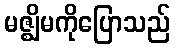
မဇ္ဈိမကိုပြောသည်